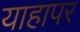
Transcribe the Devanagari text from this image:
याहापर